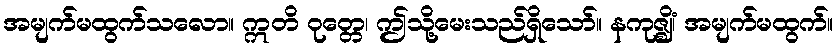
အမျက်မထွက်သလော။ ဣတိ ဝုတ္တေ၊ ဤသို့မေးသည်ရှိသော်။ နကုဇ္ဈိံ၊ အမျက်မထွက်။